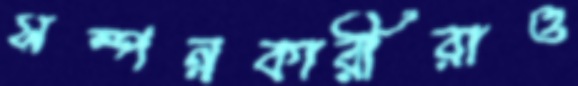
সম্পন্নকারীরাও